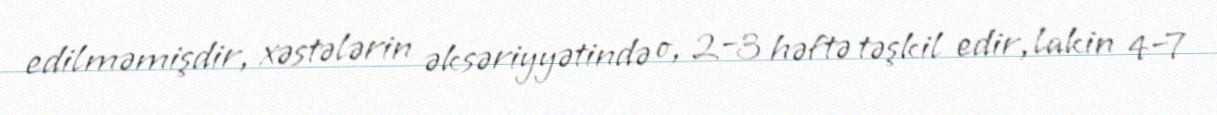
edilməmişdir, xəstələrin əksəriyyətində o, 2–3 həftə təşkil edir, lakin 4–7